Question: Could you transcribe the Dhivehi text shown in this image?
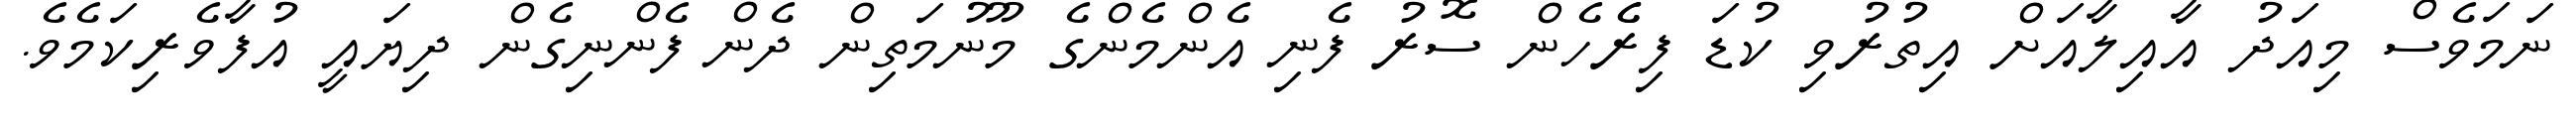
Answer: ނަމަވެސް މިއަދު އާއިލާއަށް އިތުރުވި ކުޑަ ފިރެެހެން ސޮރު ފެނި އެންމެންގެ މޫނުމަތިން ދެން ފެންނިގެން ދިޔައީ އުފާވެރިކަމެވެ.